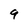
Character: 9